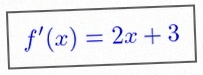
f'(x)=2x+3